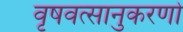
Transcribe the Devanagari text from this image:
वृषवत्सानुकरणो